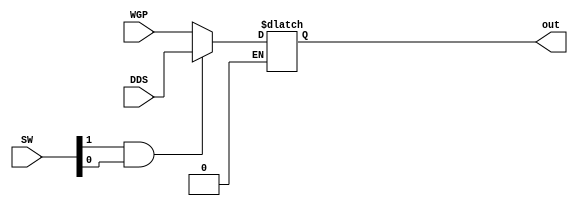
`timescale 1ns/1ns
module MUX2to1(
	input[7:0] WGP, DDS, input[1:0] SW,
	output reg[7:0] out);
	wire selector;
	assign selector = SW[1] & SW[0];

	always@(selector, WGP, DDS)begin
		if(selector == 1'b1)
			out <= DDS;
		else if(selector == 1'b0)
			out <= WGP;
	end

endmodule